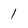
Character: 1